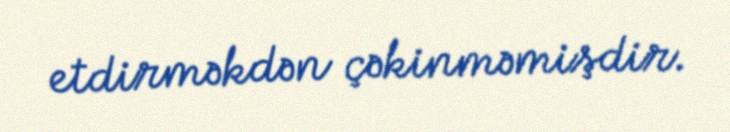
etdirməkdən çəkinməmişdir.